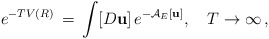
\begin{align*}e^{-TV(R)}\,=\,\int\limits_{}^{}[D{\bf u}]\,e^{-{\cal A}_E[{\bf u}]},\quad T\to\infty\,{,}\end{align*}